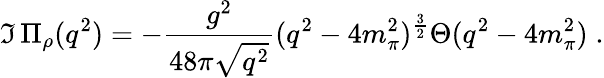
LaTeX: \Im\, \Pi_{\rho}(q^{2})=-\frac{g^{2}}{48\pi\sqrt{q^{2}}}(q^{2}-4m_{\pi}^{2})^{\frac{3}{2}}\Theta(q^{2}-4m_{\pi}^{2})\; .